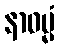
နာဓမ္မံ